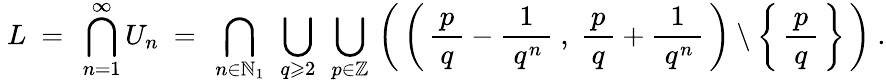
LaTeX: ~L~=~\bigcap_{n=1}^{\infty}U_{n}~=~\bigcap_{n\in\mathbb{N}_{1}}~\bigcup_{q\geqslant 2}~\bigcup_{p\in\mathbb{Z}}\, \left(\, \left(\, {\frac{\, p\, }{q}}-{\frac{1}{\; q^{n}\, }}~,~{\frac{\, p\, }{q}}+{\frac{1}{\; q^{n}\, }}\, \right)\setminus\left\{ \, {\frac{\, p\, }{q}}\, \right\} \, \right)~.